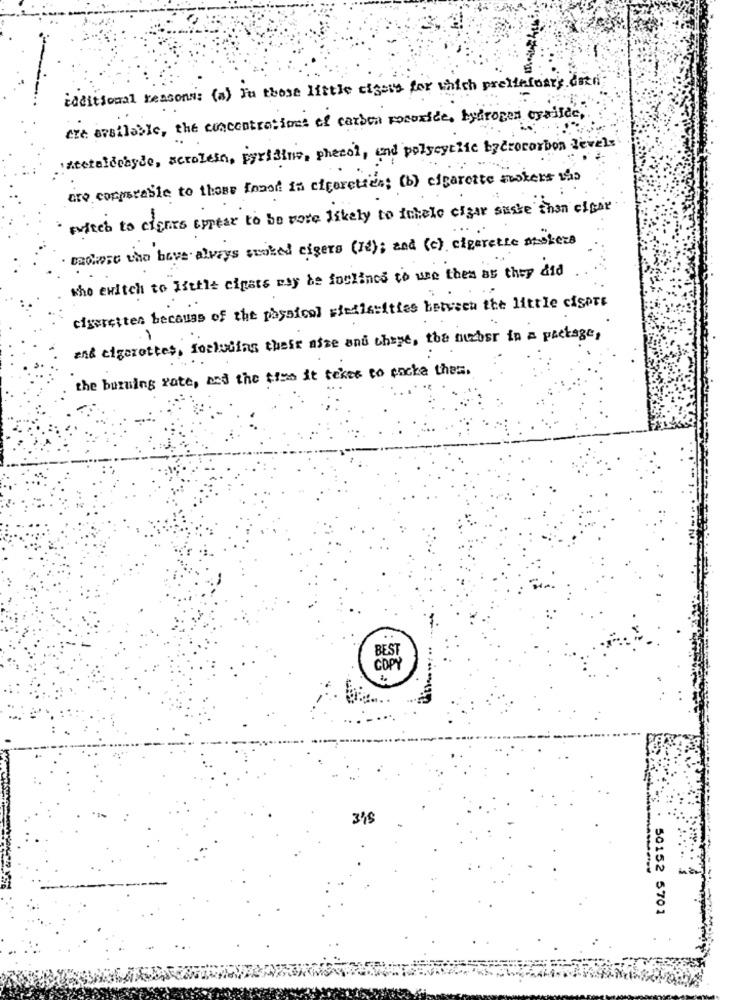
Additional reasonsis (a) In those little citets for which preliefoary data
the available, the concentrations of carbon pocorice, hydrogen cyrilde,
latetelochyde, serolein, parisino, phecol, und polycyclic bycrocarbon level.
ato comparable to those food in cigarettes; (b) cigarette mokers the
witch to ciones appear to be more likely to ichelo cigar suste than citar
moose who have always quoted eisers (12); and (c) cigarette maskers
who ewitch to Muhle cipets may be foulines to use them as they did
cigaretten because of the physical siedle:ities betvech the little ciSpre
and cigarettes, forluding their afze and theye, the nurbsr in a package,
-
the burning rate, and the time it teker to packa them.
COPY
315
50152 5701